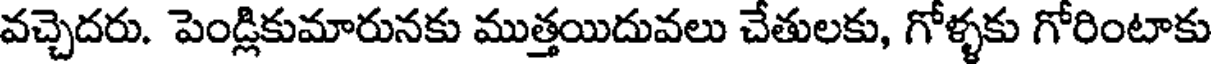
వచ్చెదరు. పెండ్లికుమారునకు ముత్తయిదువలు చేతులకు, గోళ్ళకు గోరింటాకు